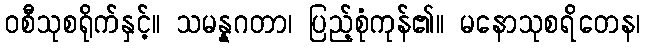
ဝစီသုစရိုက်နှင့်။ သမန္နဂတာ၊ ပြည့်စုံကုန်၏။ မနောသုစရိတေန၊